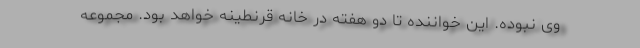
وی نبوده. این خواننده تا دو هفته در خانه قرنطینه خواهد بود. مجموعه